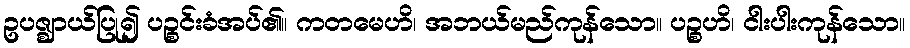
ဥပဇ္ဈာယ်ပြု၍ ပဉ္စင်းခံအပ်၏။ ကတမေဟိ၊ အဘယ်မည်ကုန်သော။ ပဉ္စဟိ၊ ငါးပါးကုန်သော။